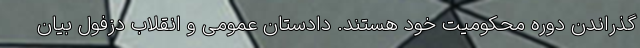
گذراندن دوره محکومیت خود هستند. دادستان عمومی و انقلاب دزفول بیان